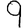
Digit: 9